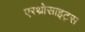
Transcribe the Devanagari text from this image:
एरथ्रोसाइट्स